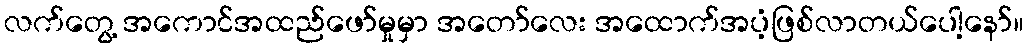
လက်တွေ့ အကောင်အထည်ဖော်မှုမှာ အတော်လေး အထောက်အပံ့ဖြစ်လာတယ်ပေါ့နော်။